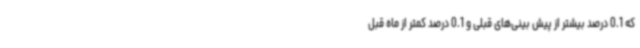
که 0.1 درصد بیشتر از پیش بینی‌های قبلی و 0.1 درصد کمتر از ماه قبل